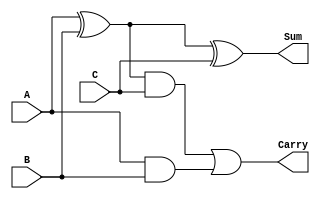
module FullAdderCode(input wire A,B,C,output Sum,Carry);
//Full Adder
	
	wire L,P,Q;//For beauty
	
	xor (L,A,B);
	xor (Sum,L,C);
	
	and (P,L,C);
	and (Q,A,B);
	
	or  (Carry,P,Q);

endmodule